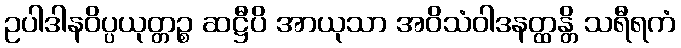
ဥပါဒါနဝိပ္ပယုတ္တဉ္စ ဆဋ္ဌီပိ အာယုသာ အဝိသံဝါဒနတ္ထန္တိ သရီရကံ